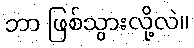
ဘာ ဖြစ်သွားလို့လဲ။